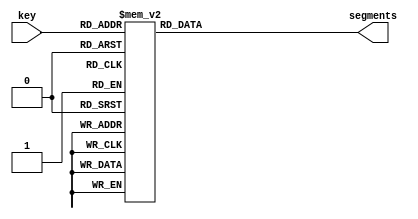
`default_nettype none

module decoder(
    input [3:0] key, // inputs
    output reg [6:0] segments // outputs
);

    always @(*) begin
        case(key)
            //                7654321
            0:  segments = 7'b0111111;
            1:  segments = 7'b0000110;
            2:  segments = 7'b1011011;
            3:  segments = 7'b1001111;
            4:  segments = 7'b1100110;
            5:  segments = 7'b1101101;
            6:  segments = 7'b1111100;
            7:  segments = 7'b0000111;
            8:  segments = 7'b1111111;
            9:  segments = 7'b1100111;
            default:
                segments = 7'b0000000;
        endcase
    end
endmodule